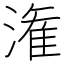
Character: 潅